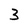
Character: 3